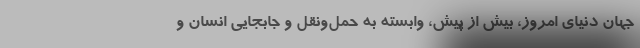
جهان دنیای امروز، بیش از پیش، وابسته به حمل‌ونقل و جابجایی انسان و